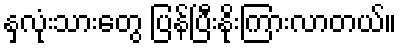
နှလုံးသားတွေ ပြန်ပြီးနိုးကြားလာတယ်။